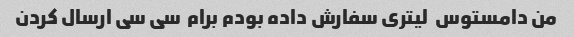
من دامستوس  لیتری سفارش داده بودم برام  سی سی ارسال کردن